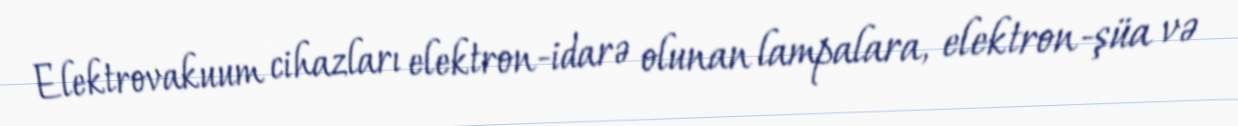
Elektrovakuum cihazları elektron-idarə olunan lampalara, elektron-şüa və